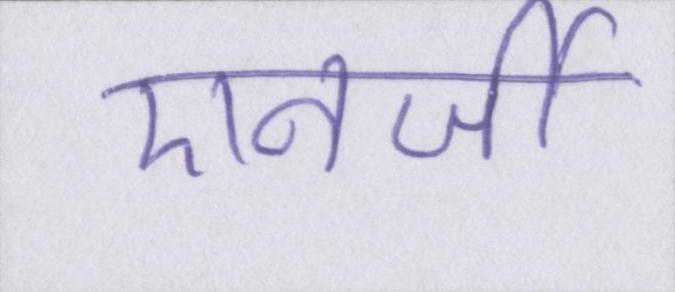
एनर्जी